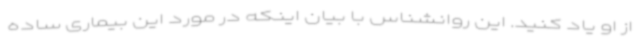
از او یاد کنید. این روانشناس با بیان اینکه در مورد این بیماری ساده